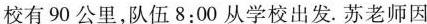
校有90公里，队伍8:00从学校出发。苏老师因